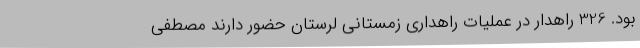
بود. 326 راهدار در عملیات راهداری زمستانی لرستان حضور دارند مصطفی